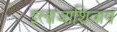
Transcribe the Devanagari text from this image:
इलाजाशिवाय